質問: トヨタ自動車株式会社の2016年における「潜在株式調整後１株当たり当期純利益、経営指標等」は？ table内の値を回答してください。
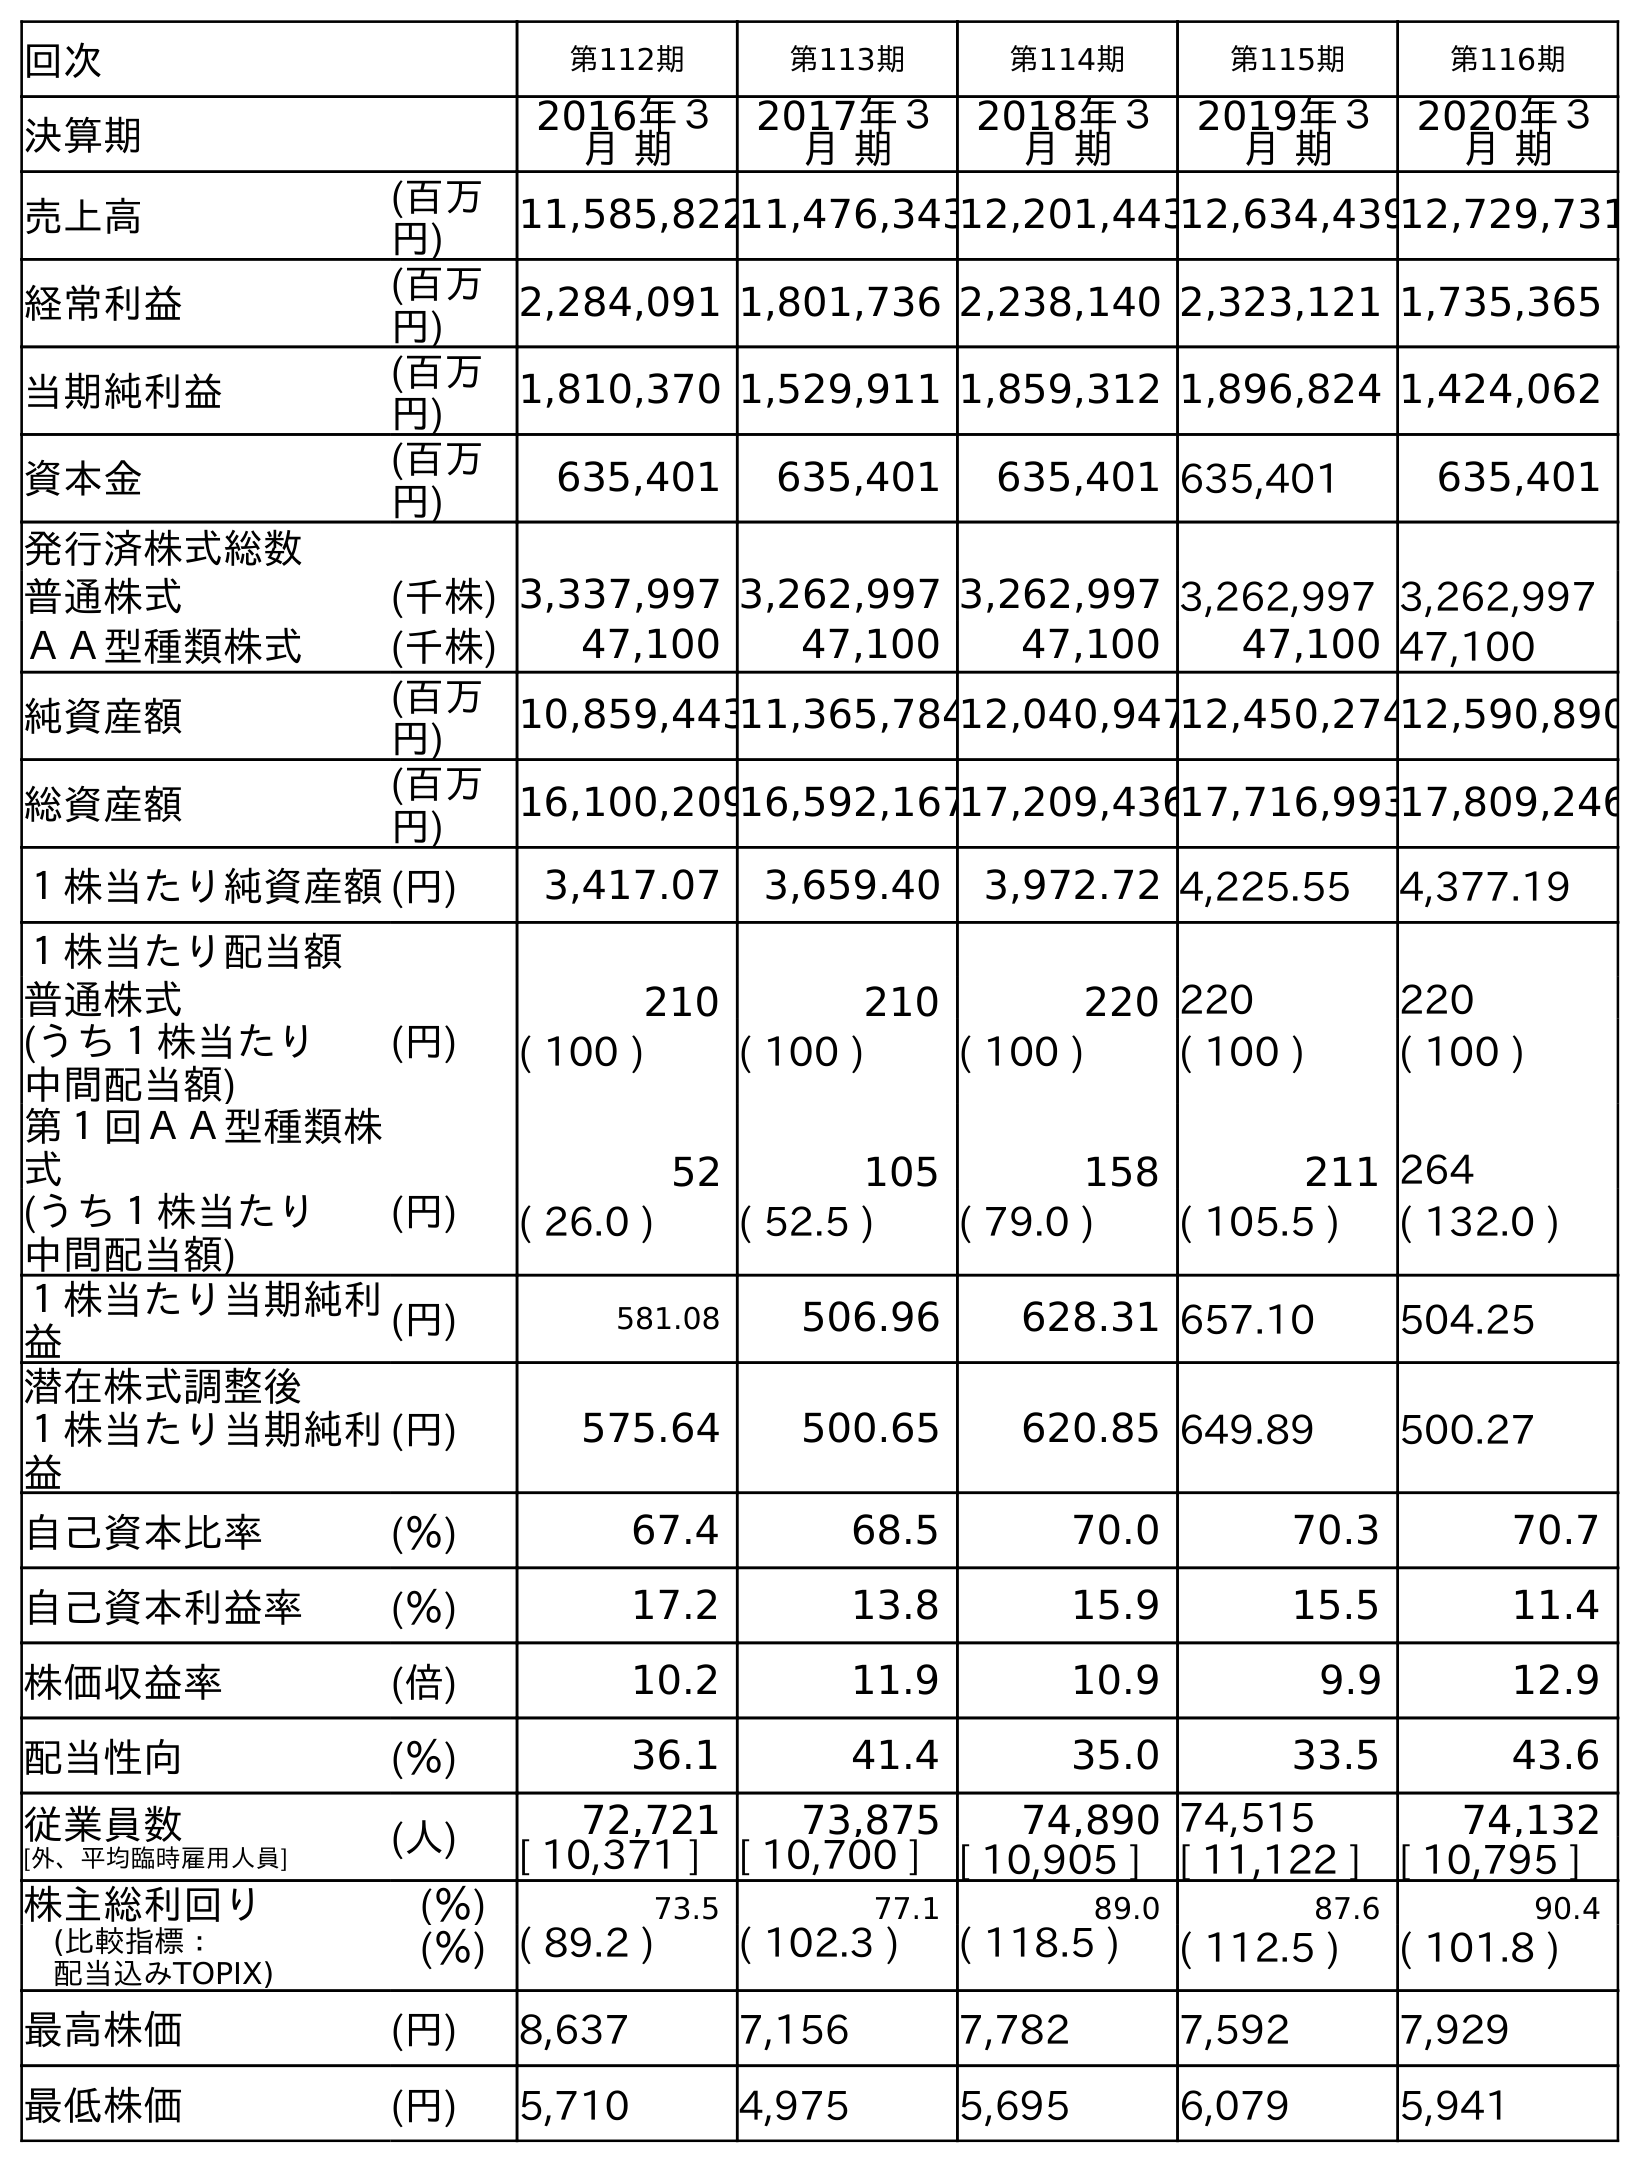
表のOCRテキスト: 回次 第112期 第113期 第114期 第115期 第116期 決算期 2016年３ 月 期 2017年３ 月 期 2018年３ 月 期 2019年３ 月 期 2020年３ 月 期 売上高 (百万 円) 11,585,82211,476,34312,201,44312,634,43912,729,731 経常利益 (百万 円) 2,284,091 1,801,736 2,238,140 2,323,121 1,735,365 当期純利益 (百万 円) 1,810,370 1,529,911 1,859,312 1,896,824 1,424,062 資本金 (百万 円) 635,401 635,401 635,401 635,401 635,401 発行済株式総数 普通株式 (千株) 3,337,997 3,262,997 3,262,997 3,262,997 3,262,997 ＡＡ型種類株式 (千株) 47,100 47,100 47,100 47,100 47,100 純資産額 (百万 円) 10,859,44311,365,78412,040,94712,450,27412,590,890 総資産額 (百万 円) 16,100,20916,592,16717,209,43617,716,99317,809,246 １株当たり純資産額(円) 3,417.07 3,659.40 3,972.72 4,225.55 4,377.19 １株当たり配当額 普通株式 (円) 210 210 220 220 220 (うち１株当たり 中間配当額) ( 100 ) ( 100 ) ( 100 ) ( 100 ) ( 100 ) 第１回ＡＡ型種類株 式 52 105 158 211 264 (うち１株当たり 中間配当額) (円) ( 26.0 ) ( 52.5 ) ( 79.0 ) ( 105.5 ) ( 132.0 ) １株当たり当期純利 益 (円) 581.08 506.96 628.31 657.10 504.25 潜在株式調整後 １株当たり当期純利 益 (円) 575.64 500.65 620.85 649.89 500.27 自己資本比率 (％) 67.4 68.5 70.0 70.3 70.7 自己資本利益率 (％) 17.2 13.8 15.9 15.5 11.4 株価収益率 (倍) 10.2 11.9 10.9 9.9 12.9 配当性向 (％) 36.1 41.4 35.0 33.5 43.6 従業員数 [外、平均臨時雇用人員] (人) 72,721 73,875 74,890 74,515 74,132 [ 10,371 ] [ 10,700 ] [ 10,905 ] [ 11,122 ] [ 10,795 ] 株主総利回り (％) 73.5 77.1 89.0 87.6 90.4 (比較指標： 配当込みTOPIX) (％) ( 89.2 ) ( 102.3 ) ( 118.5 ) ( 112.5 ) ( 101.8 ) 最高株価 (円) 8,637 7,156 7,782 7,592 7,929 最低株価 (円) 5,710 4,975 5,695 6,079 5,941
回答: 575.64